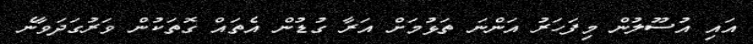
އައި އުސޫލުން މިފަހަރު އަންނަ ތަޅުމަށް އަރާ ގުޑުން އެތައް ގޮތަކުން ވަރުގަދަވާނެ